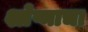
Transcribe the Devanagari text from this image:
श्लेष्माचा